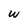
Character: w